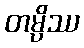
တမ္ပိဿ